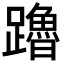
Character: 𬧙